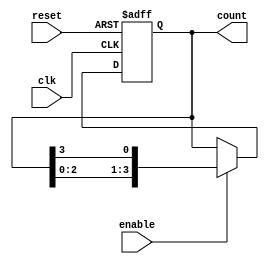
module async_ring_counter (
    input wire reset,        // Asynchronous reset signal
    input wire enable,       // Enable signal for counting
    input wire clk,          // Clock signal for simulation purposes (not used in operation)
    output reg [3:0] count   // 4-bit output for the ring counter
);

    // Initial state
    initial begin
        count = 4'b0001; // Start with the least significant bit set to '1'
    end

    // Asynchronous reset and counting logic
    always @(posedge clk or posedge reset) begin
        if (reset) begin
            count <= 4'b0000; // Reset all bits to '0'
        end else if (enable) begin
            // Shift the '1' to the left in a circular manner
            count <= {count[2:0], count[3]}; // Shift left and wrap around
        end
    end

endmodule